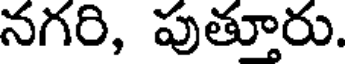
నగరి, పుతూరు.